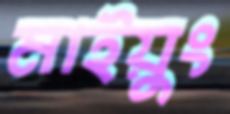
মাইয়ুং